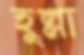
হুল্লা